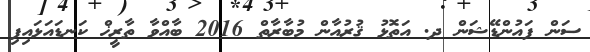
ސަން ފައުންޑޭޝަން ދ. އަތޮޅު ޤުރުއާން މުބާރާތް 2016 ބާއްވާ ތާރީޚް ކަނޑައަޅައިފި